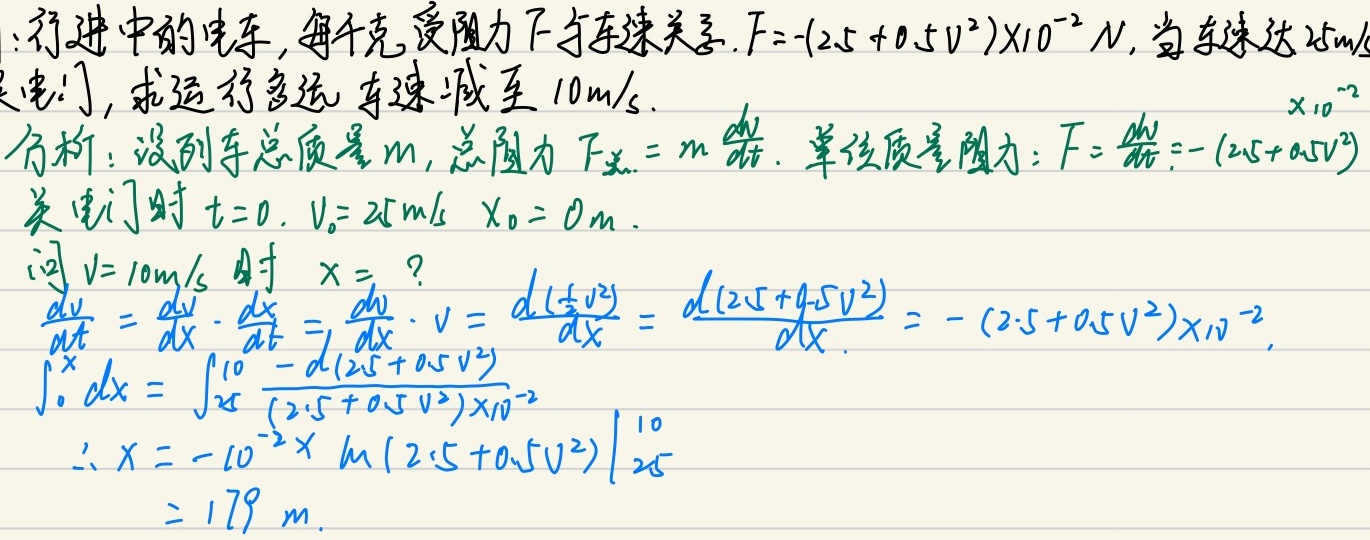
行进中的电车，每千克受阻力 \(F\) 与车速关系为 \(F = -(2.5 + 0.5v^{2})\times10^{-2}\ N\)。当车速达 \(25m/s\) 时关电门，求运行多远车速减至 \(10m/s\)。\(\times10^{-2}\)

分析：设列车总质量 \(m\)，总阻力 \(F_{总}=m\frac{dv}{dt}\)。单位质量阻力：\(F = \frac{dv}{dt}=-(2.5 + 0.5v^{2})\)。关电门时 \(t = 0\)，\(v_{0}=25m/s\)，\(x_{0}=0m\)。问 \(v = 10m/s\) 时 \(x =\)？

因为\(\frac{dv}{dt}=\frac{dv}{dx}\cdot\frac{dx}{dt}=\frac{dv}{dx}\cdot v=\frac{d(\frac{1}{2}v^{2})}{dx}=\frac{d(2.5 + 0.5v^{2})}{dx}=-(2.5 + 0.5v^{2})\times10^{-2}\)，

所以\(\int_{0}^{x}dx=\int_{25}^{10}\frac{-d(2.5 + 0.5v^{2})}{(2.5 + 0.5v^{2})\times10^{-2}}\)

\(\therefore x=-10^{-2}\times\ln(2.5 + 0.5v^{2})\big|_{25}^{10}=179\ m\)。